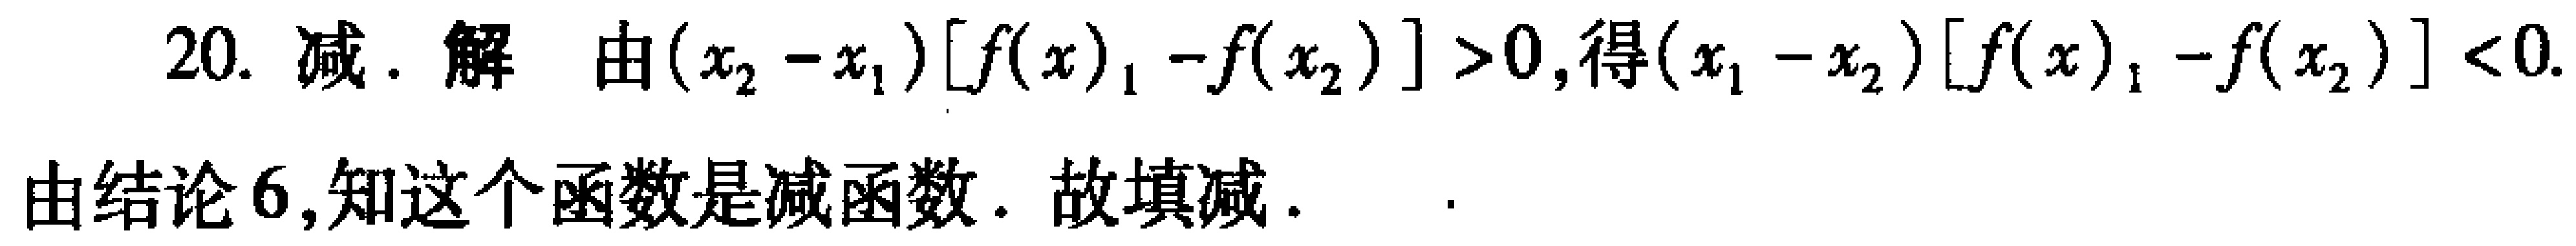
20. 减. 解 由\((x_{2}-x_{1})[f(x)_{1}-f(x_{2})]>0\), 得\((x_{1}-x_{2})[f(x)_{1}-f(x_{2})]<0\).

由结论6,知这个函数是减函数. 故填减.  .